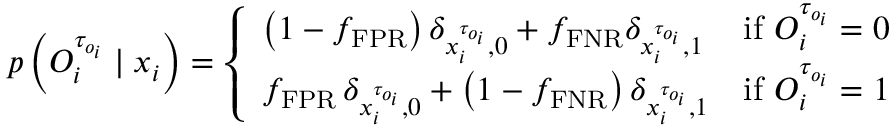
p \left( O _ { i } ^ { \tau _ { o _ { i } } } \mid \boldsymbol { x } _ { i } \right) = \left\{ \begin{array} { l l } { \left( 1 - f _ { \mathrm { F P R } } \right) \delta _ { x _ { i } ^ { \tau _ { o _ { i } } } , 0 } + f _ { \mathrm { F N R } } \delta _ { x _ { i } ^ { \tau _ { o _ { i } } } , 1 } } & { \mathrm { i f ~ } O _ { i } ^ { \tau _ { o _ { i } } } = 0 } \\ { f _ { \mathrm { F P R } } \, \delta _ { x _ { i } ^ { \tau _ { o _ { i } } } , 0 } + \left( 1 - f _ { \mathrm { F N R } } \right) \delta _ { x _ { i } ^ { \tau _ { o _ { i } } } , 1 } } & { \mathrm { i f ~ } O _ { i } ^ { \tau _ { o _ { i } } } = 1 } \end{array} \right.